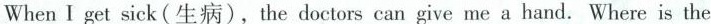
When I get sick(生病), the doctors can give me a hand. Where is the